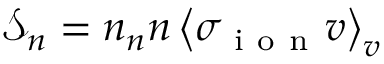
\mathcal { S } _ { n } = n _ { n } n \left< \sigma _ { \mathrm { ~ i ~ o ~ n ~ } } v \right> _ { v }